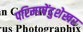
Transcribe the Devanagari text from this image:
परिमाषेंदुशेखर